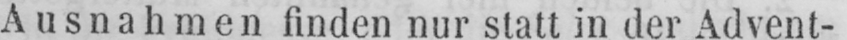
Ausnahmen finden nur statt in der Advent-